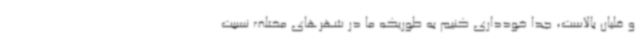
و قلیان‌ بالاست، جدا خودداری کنیم به طوریکه ما در شهرهای مختلف نسبت